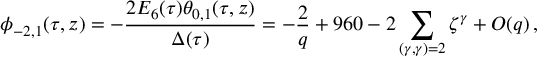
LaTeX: \phi _ { - 2 , 1 } ( \tau , z ) = - \frac { 2 E _ { 6 } ( \tau ) \theta _ { 0 , 1 } ( \tau , z ) } { \Delta ( \tau ) } = - \frac { 2 } { q } + 9 6 0 - 2 \sum _ { ( \gamma , \gamma ) = 2 } \zeta ^ { \gamma } + O ( q ) \, ,